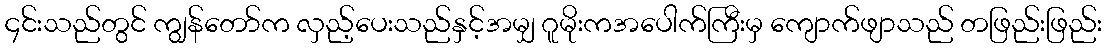
၄င်းသည်တွင် ကျွန်တော်က လှည့်ပေးသည်နှင့်အမျှ ဂူမိုးကအပေါက်ကြီးမှ ကျောက်ဖျာသည် တဖြည်းဖြည်း